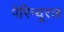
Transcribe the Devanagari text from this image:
पेरिन्यूरल